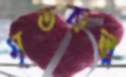
মৃতকল্প